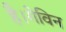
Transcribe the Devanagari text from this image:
है।गेविन